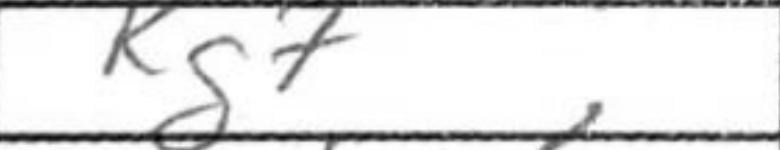
Transcription: Kg7